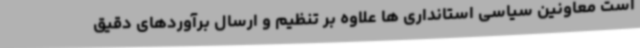
است معاونین سیاسی استانداری ها علاوه بر تنظیم و ارسال برآوردهای دقیق